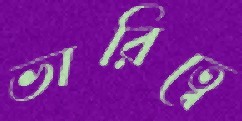
ভারিত্বে